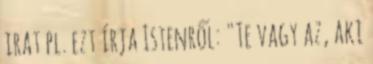
irat pl. ezt írja Istenről: "Te vagy az, aki